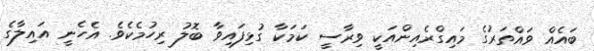
ބައެއް ވައްތަރުގެ މައިގްރެއިންއަކީ ވިރާސީ ކަމަކާ ގުޅިފައިވާ ބޮލު ރިހުމެކެވެ. އެހެނީ އައިލާގެ